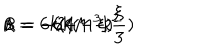
\Lambda = - 2 4 M ^ { 3 } k ^ { 2 } \hspace { 1 . 0 c m } \alpha = 6 k ( 1 - \xi ) ^ { 2 } \hspace { 1 . 0 c m } \beta = - 6 k ( 1 - \frac { \xi } { 3 } )